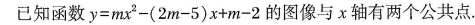
已知函数$$y=mx^{2} -(2m-5)x+m-2$$的图像与x轴有两个公共点.